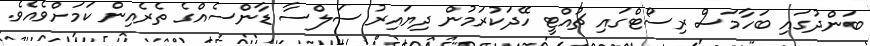
ބަންދުގައި ބަހާމަސް ރިސޯޓްގައި ޗުއްޓީ ހޭދަކުރަމުން ދިޔައިރު ސަލްސާ ޑާންސެއްގެ ތެރެއިން ކަމަށްވެއެވެ.